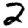
Digit: 2